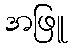
အဖြူ